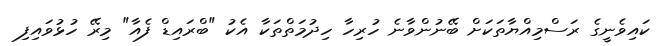
ކައިވެނީގެ ރަސްމިއްޔާތަކަށް ބޭނުންވާނެ ހުރިހާ ހިދުމަތްތަކާ އެކު "ބްރައިޑް ފެއާ" މިރޭ ހުޅުވައިފި